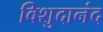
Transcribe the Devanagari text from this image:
विशुदानंद